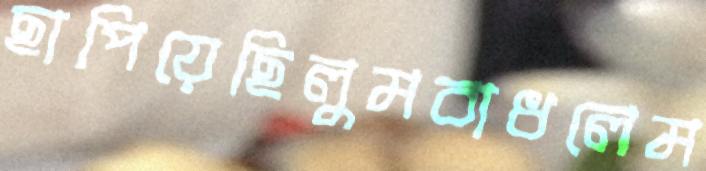
ছাপিয়েছিলুমবাধলেম